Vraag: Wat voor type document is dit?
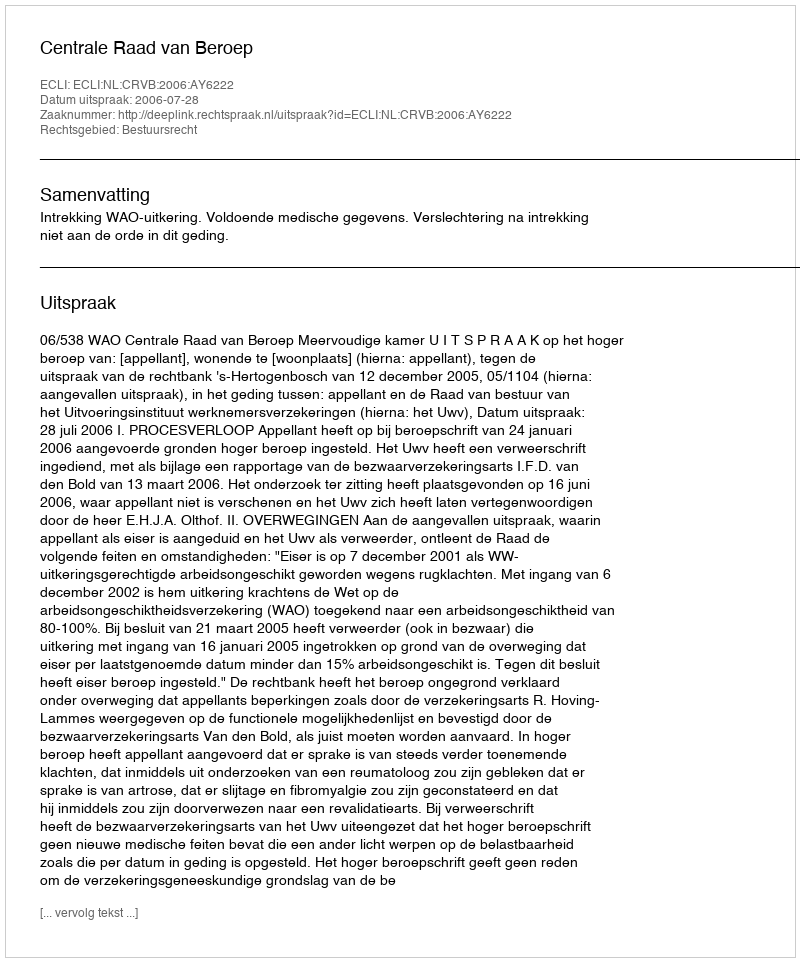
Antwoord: Uitspraak